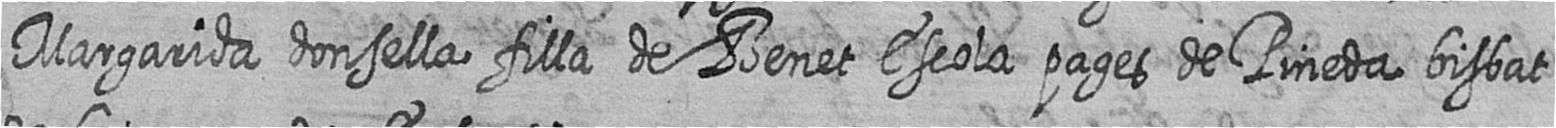
Margarida donsella filla de Benet Escola pages de Pineda bisbat